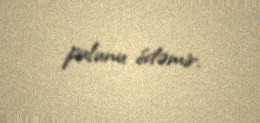
pulunu ödəmir.